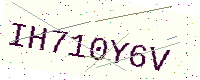
Text: IH710Y6V